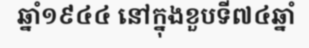
ឆ្នាំ១៩៤៤ នៅក្នុងខួបទី៧៤ឆ្នាំ